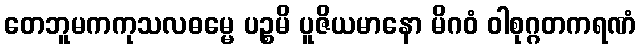
တေဘူမကကုသလဓမ္မေ ပဉ္စမိ ပူဇိယမာနော မိဂဝံ ဝါစုဂ္ဂတကရဏံ